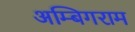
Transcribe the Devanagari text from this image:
अम्बिगराम